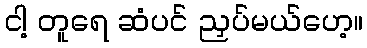
ငါ့ တူရေ ဆံပင် ညှပ်မယ်ဟေ့။